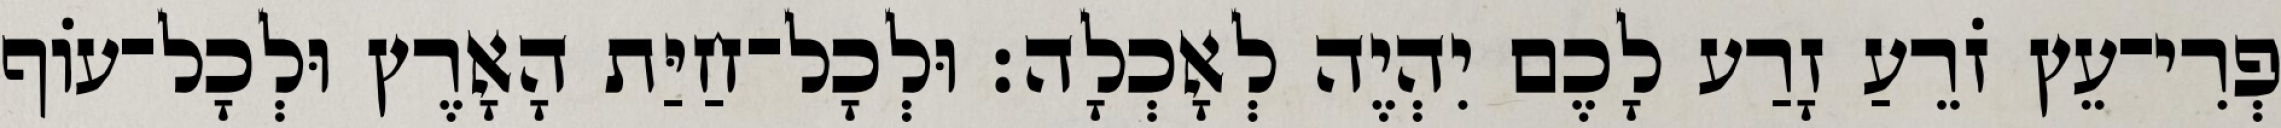
פְרִי־עֵץ זֹרֵעַ זָרַע לָכֶם יִהְיֶה לְאָכְלָה׃ וּלְכָל־חַיַּת הָאָרֶץ וּלְכָל־עֹוף